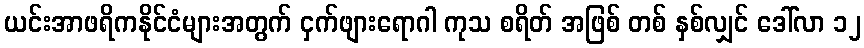
ယင်းအာဖရိကနိုင်ငံများအတွက် ငှက်ဖျားရောဂါ ကုသ စရိတ် အဖြစ် တစ် နှစ်လျှင် ဒေါ်လာ ၁၂